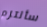
سألتزم